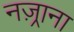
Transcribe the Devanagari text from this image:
नज़्राना